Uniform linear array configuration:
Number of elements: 64
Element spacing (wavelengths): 0.75
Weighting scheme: exponential
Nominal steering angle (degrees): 30
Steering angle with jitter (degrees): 28.336
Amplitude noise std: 0.05
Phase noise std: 0.05

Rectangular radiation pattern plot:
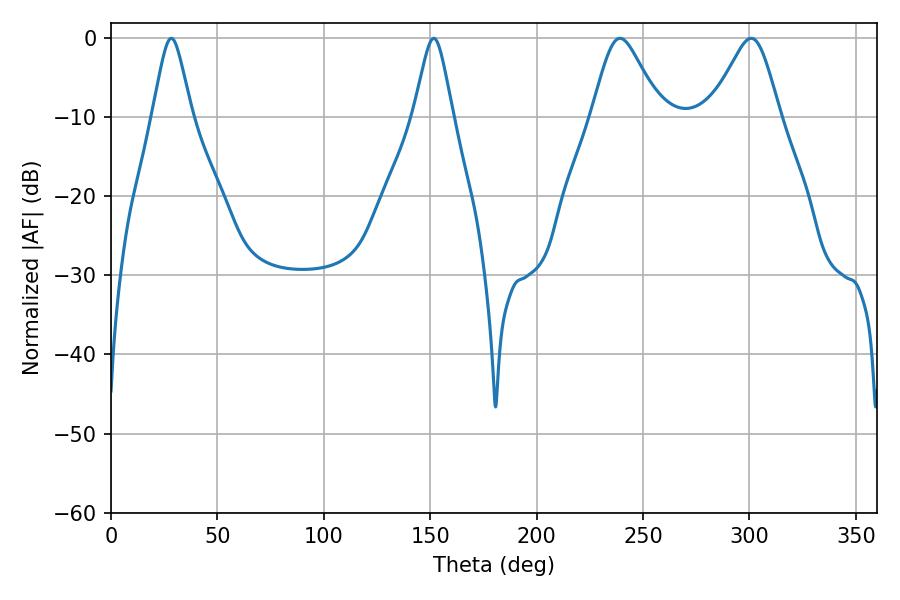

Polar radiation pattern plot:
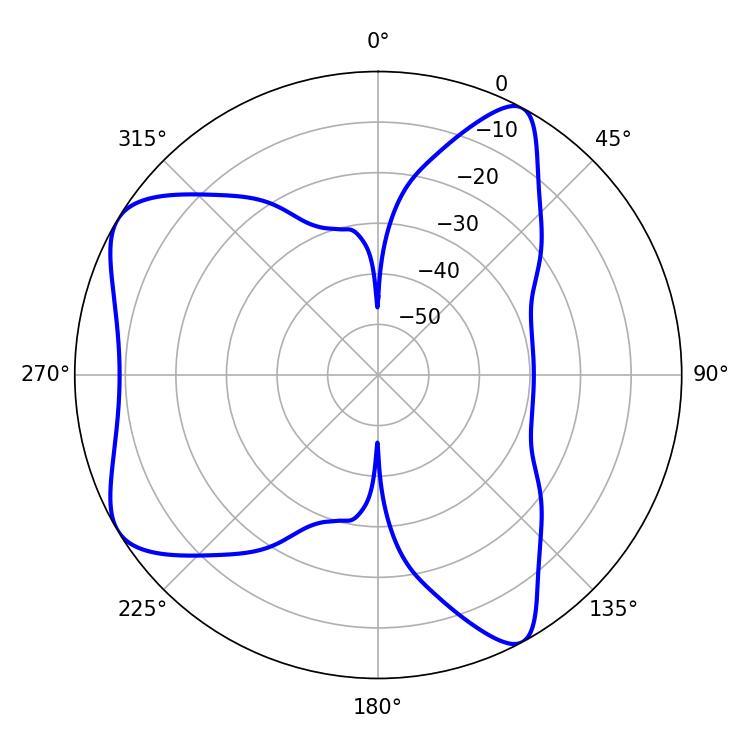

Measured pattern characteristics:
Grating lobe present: TRUE
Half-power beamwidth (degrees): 15.84
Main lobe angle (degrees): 239.22